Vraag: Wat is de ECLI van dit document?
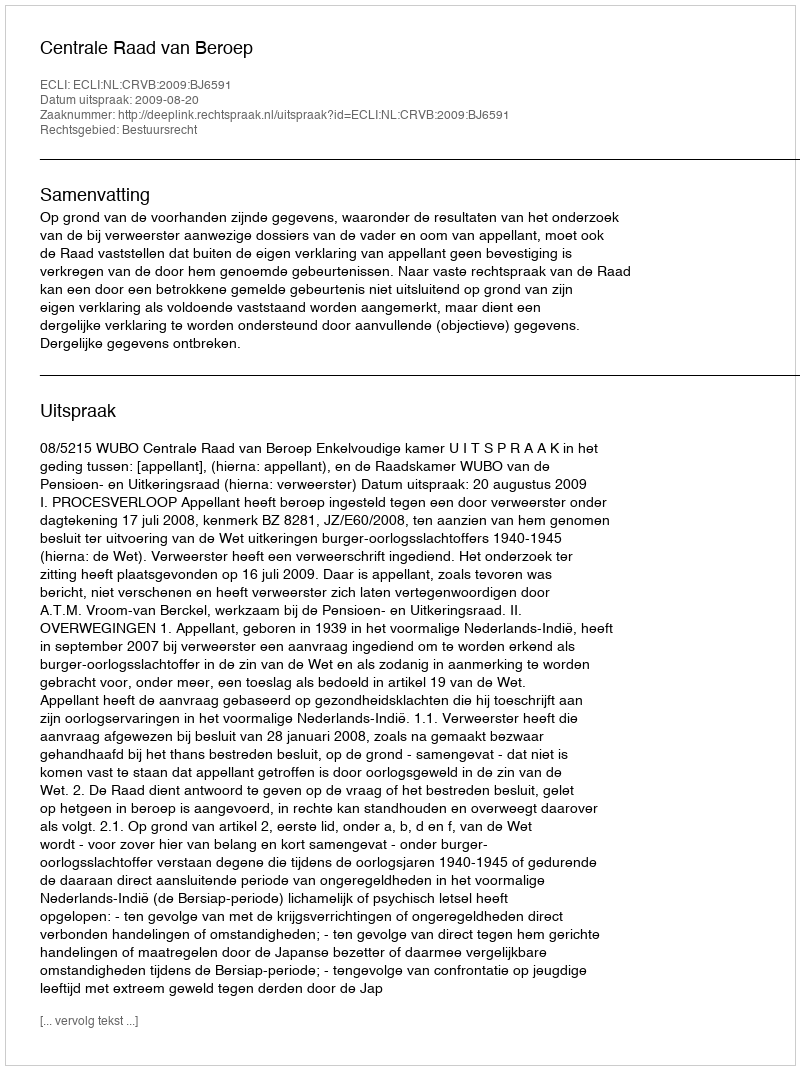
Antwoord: ECLI:NL:CRVB:2009:BJ6591